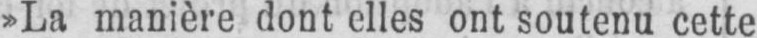
»La manière dont elles ont soutenu cette